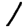
Digit: 1